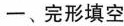
一、完形填空